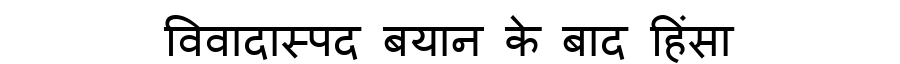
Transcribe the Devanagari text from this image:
विवादास्पद बयान के बाद हिंसा